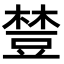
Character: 𧯴